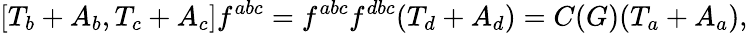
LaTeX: [T_{b}+A_{b},T_{c}+A_{c}]f^{abc}=f^{abc}f^{dbc}(T_{d}+A_{d})=C(G)(T_{a}+A_{a}),